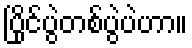
ပြိုင်ပွဲတစ်ပွဲပဲဟာ။